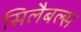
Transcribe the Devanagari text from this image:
सिलैबल्स